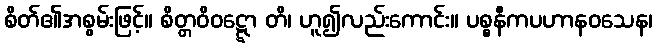
စိတ်၏အစွမ်းဖြင့်။ စိတ္တဝိဝဋ္ဋော တိ၊ ဟူ၍လည်းကောင်း။ ပစ္စနီကပဟာနဝသေန၊